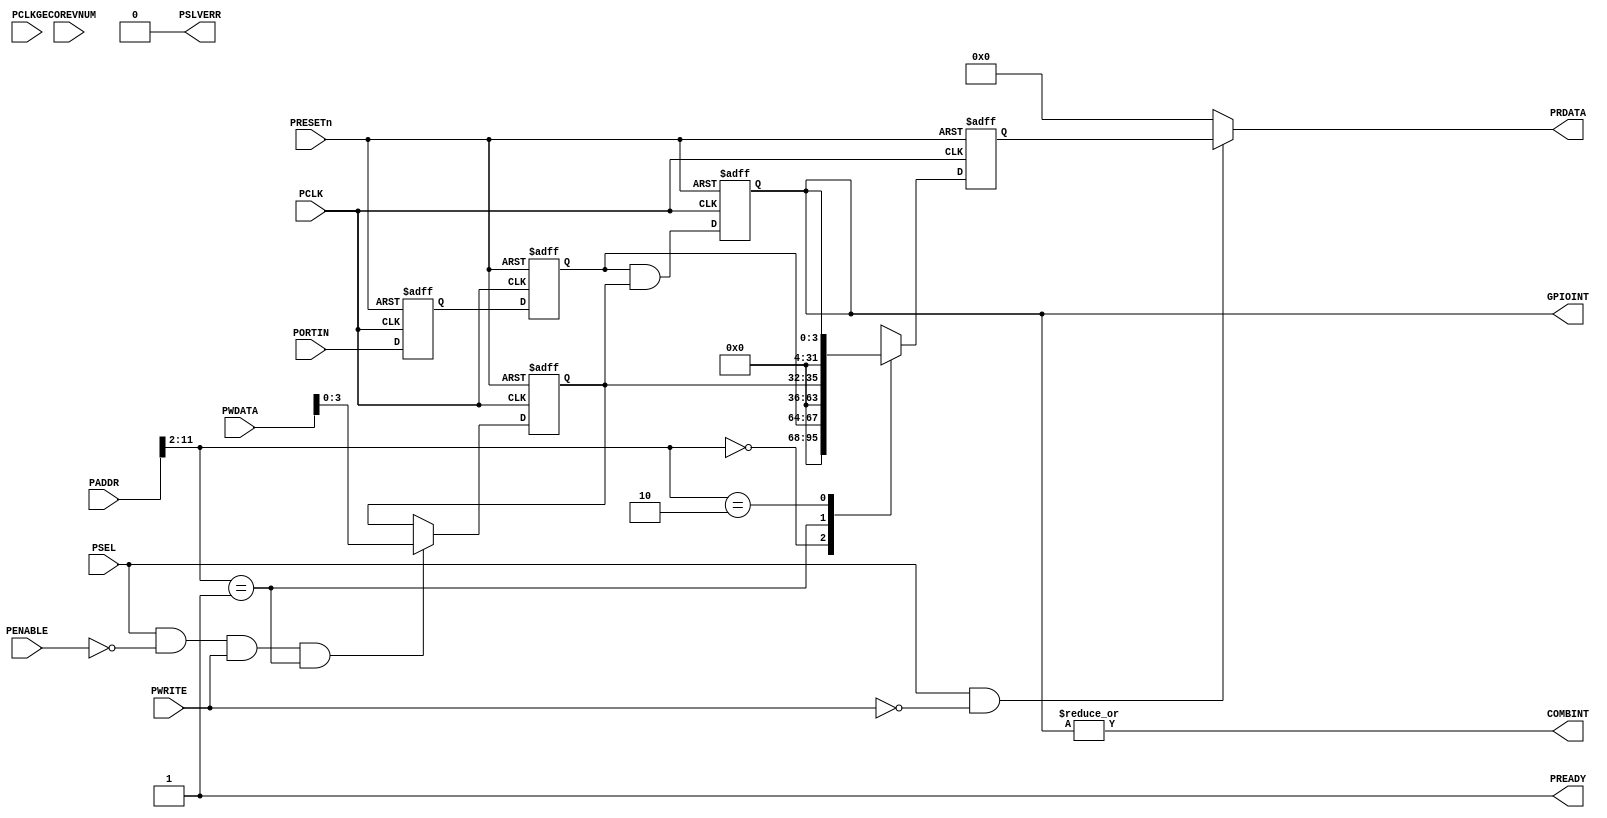
//-------------------------------------
// Programmer's model
// -------------------------------
//BASE_ADDR 0x40002000
// 0x000 RW    Data read
// 0x004 RW    Interrupt Enable Set
// 0x008 R     Interrupt Status
//       W     Interrupt Status Clear
// 0x400 - 0x7FC : Byte 0 masked access
// 0x800 - 0xBFC : Byte 1 masked access
//-------------------------------------
module apb_key (
// --------------------------------------------------------------------------
// Port Definitions
// --------------------------------------------------------------------------
  input  wire        PCLK,     // Clock
  input  wire        PCLKG,    // Gated Clock
  input  wire        PRESETn,  // Reset

  input  wire        PSEL,     // Device select
  input  wire [15:0] PADDR,    // Address
  input  wire        PENABLE,  // Transfer control
  input  wire        PWRITE,   // Write control
  input  wire [31:0] PWDATA,   // Write data

  input  wire [3:0]  ECOREVNUM,// Engineering-change-order revision bits

  output wire [31:0] PRDATA,   // Read data
  output wire        PREADY,   // Device ready
  output wire        PSLVERR,  // Device error response
  
  input  wire [3:0]  PORTIN,    //GPIO input

  output wire [3:0]  GPIOINT,   //GPIO Interrupt
  output wire        COMBINT    //Combined interrupt
);

	//write control
	wire write_enable;
    wire write_enable04;

    //signals
    reg  [3:0] reg_intr_en;
    reg  [3:0] reg_intr_state;

    reg  [31:0] read_mux_word;
    //interrupt signals
    wire   [3:0] new_raw_int;
  // ----------------------------------------------------------
  // Synchronize input with double stage flip-flops
  // ----------------------------------------------------------
  // Signals for input double flop-flop synchroniser
  reg    [3:0] reg_in_sync1;
  reg    [3:0] reg_in_sync2;
  wire   [3:0] reg_datain;
  always @(posedge PCLK or negedge PRESETn)
  begin
    if (~PRESETn)begin
      reg_in_sync1 <= 'd0;
      reg_in_sync2 <= 'd0;
    end
    else begin
      reg_in_sync1 <= PORTIN;
      reg_in_sync2 <= reg_in_sync1;
    end
  end

  assign reg_datain = reg_in_sync2;

	//main code
    //read operations
    reg [31:0]read_mux_le;
    always@(*)begin
        case(PADDR[11:2])
            10'h000:read_mux_le<={{28{1'b0}}, reg_datain};
            10'h001:read_mux_le<={{28{1'b0}}, reg_intr_en};
            10'h002:read_mux_le<={{28{1'b0}}, reg_intr_state};
            default:read_mux_le={32{1'bx}};
        endcase
    end
    always@(posedge PCLK or negedge PRESETn)begin
        if(!PRESETn)
            read_mux_word<='d0;
        else
            read_mux_word<=read_mux_le;
    end
	//write signal
	assign write_enable=PSEL&(~PENABLE)&PWRITE;
    assign write_enable04=write_enable&(PADDR[11:2]==10'h001);
    assign read_enable  = PSEL & (~PWRITE);
	
    //write operations
    //interrupt enable
	  always@(posedge PCLK or negedge PRESETn)begin
	  	if(~PRESETn)
	  		reg_intr_en<='d0;
	  	else if(write_enable04)
	  		reg_intr_en<=PWDATA[7:0];
	  end
  
  //interrupt state register
  wire [3:0] new_masked_int;
  assign   new_masked_int = new_raw_int & reg_intr_en;
  always@(posedge PCLK or negedge PRESETn)begin
    if(!PRESETn)
        reg_intr_state<='d0;
    else
        reg_intr_state<=new_masked_int;
  end
  //interrupt (input state and edge detection)
  reg [3:0] reg_last_datain;
  always@(posedge PCLK or negedge PRESETn)begin
    if(!PRESETn)
        reg_last_datain<='d0;
    else
        reg_last_datain<=reg_datain;
  end
  wire [3:0] rise_edge_int;
  assign rise_edge_int = reg_datain&(~reg_last_datain);
  // assign new_raw_int=rise_edge_int;
  assign new_raw_int=reg_datain;


  // Output read data to APB
  assign PRDATA = (read_enable) ? read_mux_word : {32{1'b0}};
  assign PREADY  = 1'b1; // Always ready
  assign PSLVERR = 1'b0; // Always okay

  //connect external
  assign GPIOINT = reg_intr_state;
  assign COMBINT = (|reg_intr_state);

endmodule